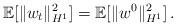
LaTeX: \begin{align*}\mathbb{E}[\|w_t\|^2_{H^1}]=\mathbb{E}[\|w^0\|_{H^1}^2]\, .\end{align*}